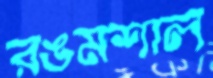
রঙমশাল